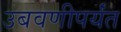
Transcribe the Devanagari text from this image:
उबवणीपर्यंत